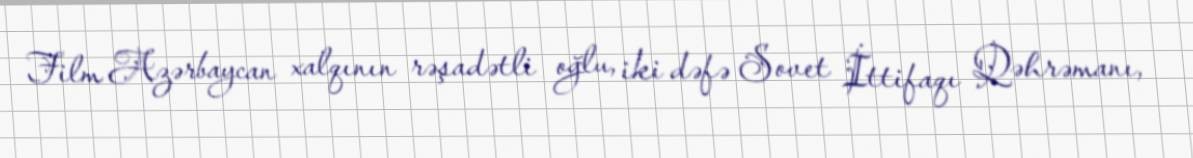
Film Azərbaycan xalqının rəşadətli oğlu, iki dəfə Sovet İttifaqı Qəhrəmanı,